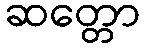
ဆတ္တော